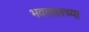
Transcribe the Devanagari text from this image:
भवतालच्या